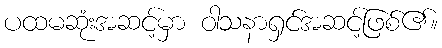
ပထမဆုံးအဆင့်မှာ ဝါသနာရှင်အဆင့်ဖြစ်၏။